画像に写った文字を読んでください
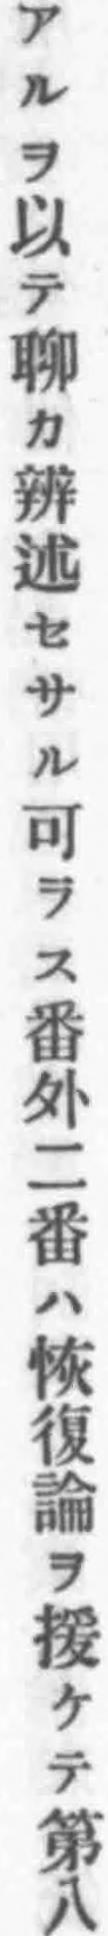
「アルヲ以テ聊カ辨述セサル可ラス番外二番ハ恢復論ヲ援ケテ第八」と書いてあります